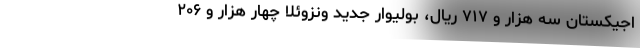
اجیکستان سه هزار و ۷۱۷ ریال، بولیوار جدید ونزوئلا چهار هزار و ۲۰۶